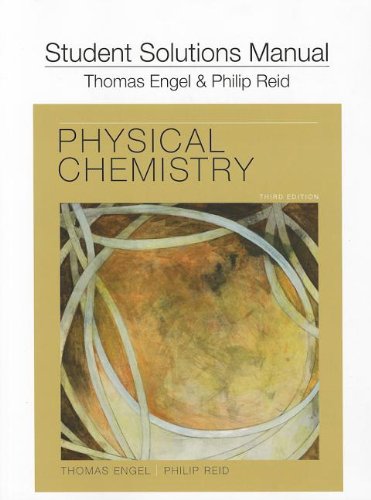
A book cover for Student's Solutions Manual for Physical Chemistry; Tom Engel; Science & Math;